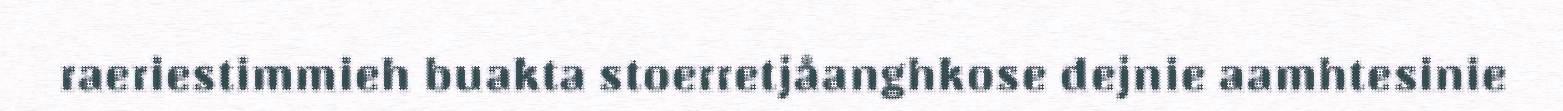
raeriestimmieh buakta stoerretjåanghkose dejnie aamhtesinie